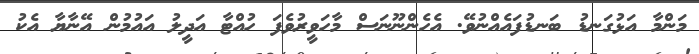
މަންމާ އަޅުގަނޑު ބަނޑުފައެއްނުވޭ. އެހެންނޫނަސް މާހަވީރުވެފަ ހުއްޓާ އަދީލު އައުމުން އޭނާޔާ އެކު